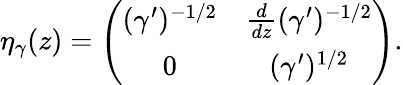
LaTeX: \eta_{\gamma}(z)=\left(\begin{array}{cc}{{(\gamma^{\prime})^{-1/2}}}&{{{\frac{d}{dz}}(\gamma^{\prime})^{-1/2}}}\\ {{0}}&{{(\gamma^{\prime})^{1/2}}}\end{array}\right).